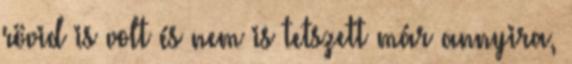
rövid is volt és nem is tetszett már annyira,